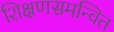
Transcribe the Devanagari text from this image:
शिक्षणसमन्वित